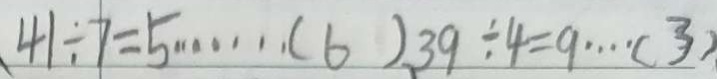
4 1 \div 7 = 5 \cdots ( 6 ) . 3 9 \div 4 = 9 \cdots ( 3 )